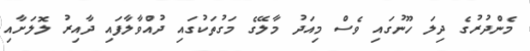
މެންދުރުގެ ދިލަ ހޫނުގައި ވެސް މިއަދު މާލޭގެ މަގުތަކުގައި ދުއްވާލާފައި ދާއިރު ލޮލަށާއި